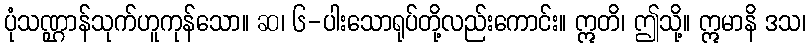
ပုံသဏ္ဌာန်သုက်ဟူကုန်သော။ ဆ၊ ၆-ပါးသောရုပ်တို့လည်းကောင်း။ ဣတိ၊ ဤသို့။ ဣမာနိ ဒသ၊